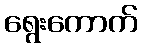
ရွေးကောက်